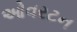
ઓવરટન